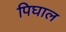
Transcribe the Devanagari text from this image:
पिघाल